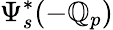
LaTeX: \Psi_{s}^{*}(-\mathbb{Q}_{p})